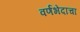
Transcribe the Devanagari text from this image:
वर्णभेदाचा